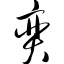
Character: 奕